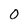
Character: 0